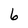
Character: 6